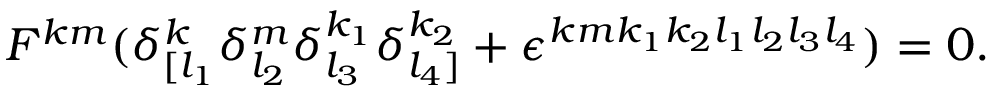
F ^ { k m } ( \delta _ { [ l _ { 1 } } ^ { k } \delta _ { l _ { 2 } } ^ { m } \delta _ { l _ { 3 } } ^ { k _ { 1 } } \delta _ { l _ { 4 } ] } ^ { k _ { 2 } } + \epsilon ^ { k m k _ { 1 } k _ { 2 } l _ { 1 } l _ { 2 } l _ { 3 } l _ { 4 } } ) = 0 .